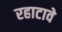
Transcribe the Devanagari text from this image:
रहाटावे